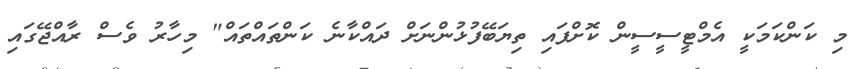
މި ކަންކަމަކީ އެމްޓީސީސީން ކޮށްފައި ތިޔަބޭފުޅުންނަށް ދައްކާނެ ކަންތައްތައް" މިހާރު ވެސް ރާއްޖޭގައި